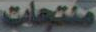
منتجات